Document type: Dowry
Year: 1238
Scribe: Berenguer Jaume
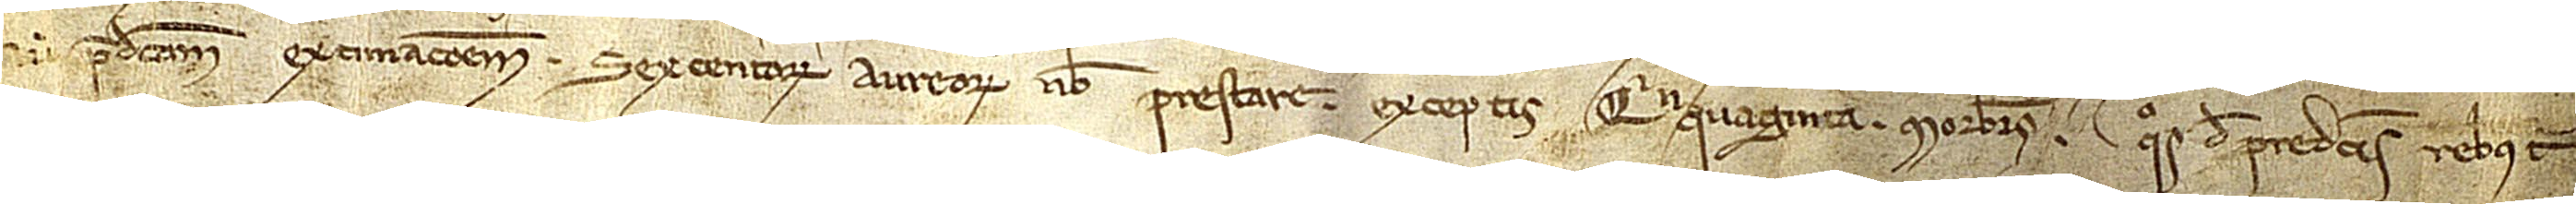
[aut] predictam extimacionem sexcentorum aureorum nobis prestare, exceptis quinquaginta morabatinos quos de predictis rebus tibi